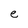
Character: e